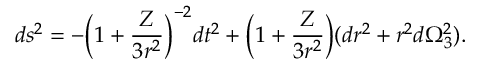
d s ^ { 2 } = - \Big ( 1 + { \frac { Z } { 3 r ^ { 2 } } } \Big ) ^ { - 2 } d t ^ { 2 } + \Big ( 1 + { \frac { Z } { 3 r ^ { 2 } } } \Big ) ( d r ^ { 2 } + r ^ { 2 } d \Omega _ { 3 } ^ { 2 } ) .